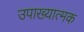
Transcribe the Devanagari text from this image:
उपाख्यात्मक